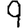
Digit: 9